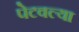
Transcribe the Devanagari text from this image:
पेटवल्या